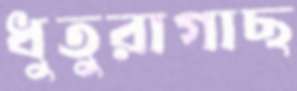
ধুতুরাগাছ